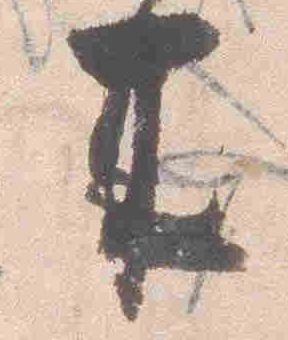
来